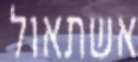
אשתאול